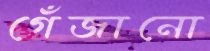
গেঁজানো